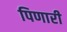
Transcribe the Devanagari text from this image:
पिणारी